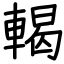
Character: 輵